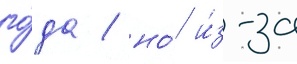
го́да / но́ и́з-за